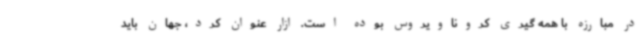
در مبارزه با همه گیری کروناویروس بوده است. ازار عنوان کرد، جهان باید